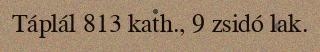
Táplál 813 kath., 9 zsidó lak.